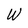
Character: W